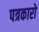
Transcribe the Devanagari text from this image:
पत्रकारो